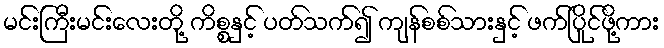
မင်းကြီးမင်းလေးတို့ ကိစ္စနှင့် ပတ်သက်၍ ကျန်စစ်သားနှင့် ဖက်ပြိုင်ဖို့ကား